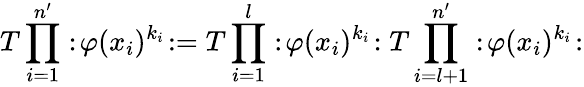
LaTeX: T\prod_{i=1}^{n^{\prime}}:\! \varphi(x_{i})^{k_{i}}\! :=T\prod_{i=1}^{l}:\! \varphi(x_{i})^{k_{i}}\! :T\prod_{i=l+1}^{n^{\prime}}:\! \varphi(x_{i})^{k_{i}}\! :